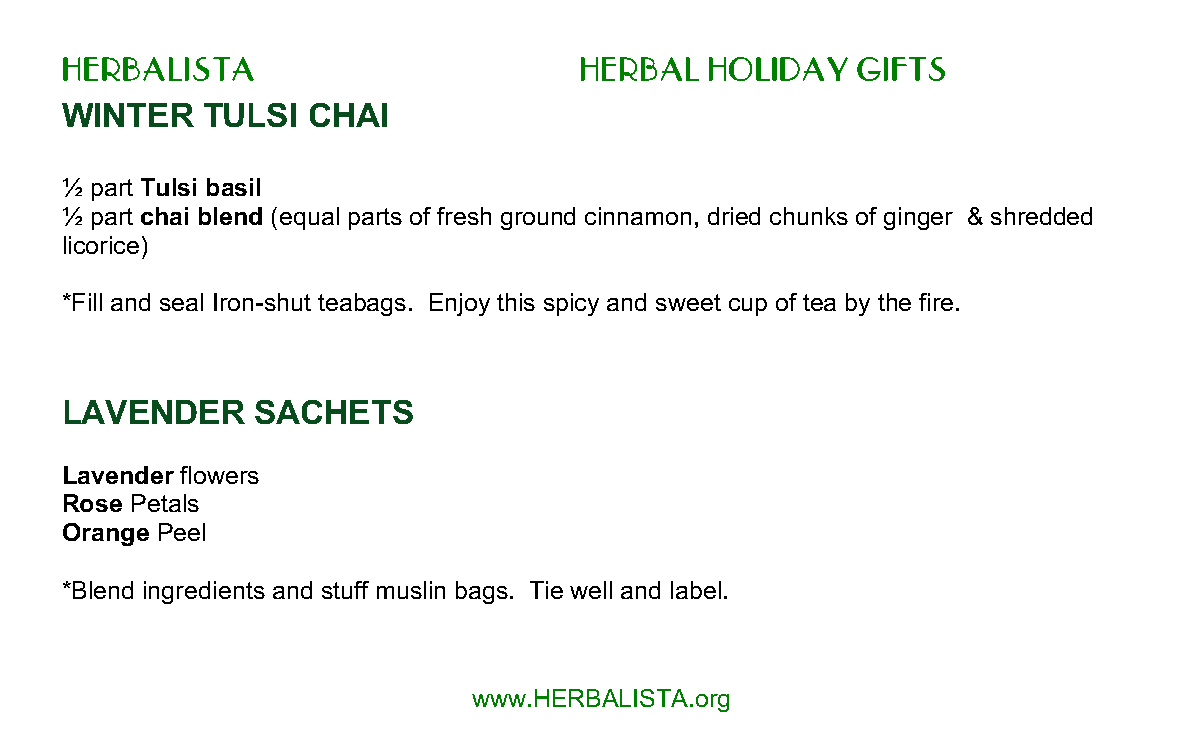
HERBALISTA                        HERBAL   HOLIDAY   GIFTS
 WINTER   TULSI  CHAI
 ½ part Tulsi basil
 ½ part chai blend (equal parts of fresh ground cinnamon, dried chunks of ginger & shredded
 licorice)
 *Fill and seal Iron-shut teabags. Enjoy this spicy and sweet cup of tea by the fire.
 LAVENDER     SACHETS
 Lavender flowers
 Rose Petals
 Orange Peel
 *Blend ingredients and stuff muslin bags. Tie well and label.
 www.HERBALISTA.org